Inquiry into the circumstances attending an outbreak of cholera in H. M.'s 18th Hussars at Secunderabad in the month of May
Year: 1871
Disease focus: Cholera
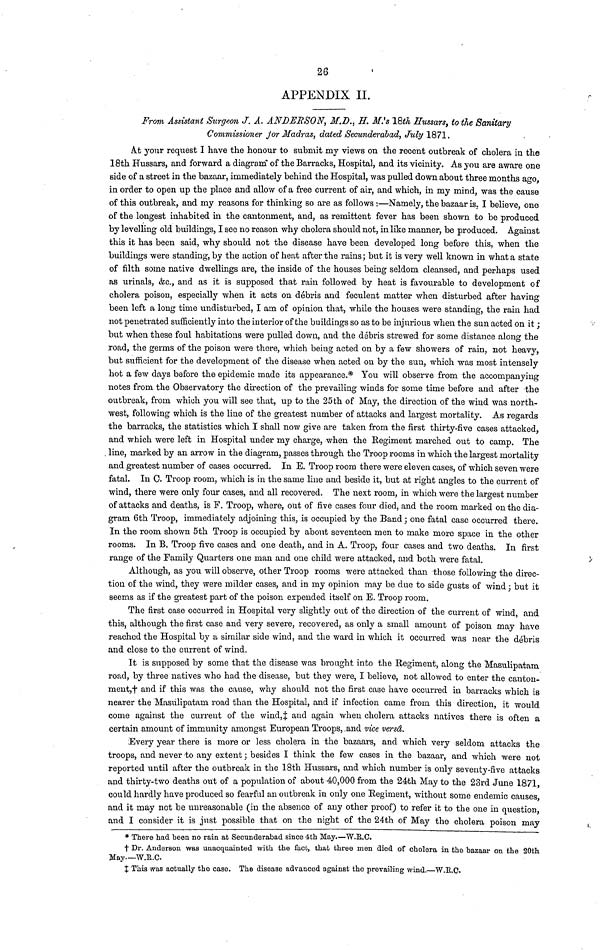
26
APPENDIX II.
From Assistant Surgeon J. A. ANDERSON, M.D., H. M.'s 18th Hussars, to the Sanitary
Commissioner for Madras, dated Seeunderabad, July 1871.
At your request I have the honour to submit my views on the recent outbreak of cholera in the
18th Hussars, and forward a diagram' of the Barracks, Hospital, and its vicinity. As you are aware one
side of a street in the bazaar, immediately behind the Hospital, was pulled down about three months ago,
in order to open up the place and allow of a free current of air, and which, in my mind, was the cause
of this outbreak, and my reasons for thinking so are as follows:—Namely, the bazaar is. I believe, one
of the longest inhabited in the cantonment, and, as remittent fever has been shown to be produced
by levelling old buildings, I see no reason why cholera should not, in like manner, be produced. Against
this it has been said, why should not the disease have been developed long before this, when the
buildings were standing, by the action of heat after the rains; but it is very well known in what a state
of filth some native dwellings are, the inside of the houses being seldom cleansed, and perhaps used
as urinals, &c., and as it is supposed that rain followed by heat is favourable to development of
cholera poison, especially when it acts on debris and feculent matter when disturbed after having
been left a long time undisturbed, I am of opinion that, while the houses were standing, the rain had
not penetrated sufficiently into the interior of the buildings so as to be injurious when the sun acted on it;
but when these foul habitations were pulled down, and the debris strewed for some distance along the
road, the germs of the poison were there, which being acted on by a few showers of rain, not heavy,
but sufficient for the development of the disease when acted on by the sun, which was most intensely
hot a few days before the epidemic made its appearance.* You will observe from the accompanying
notes from the Observatory the direction of the prevailing winds for some time before and after the
outbreak, from which you will see that, up to the 25th of May, the direction of the wind was north-
west, following which is the line of the greatest number of attacks and largest mortality. As regards
the barracks, the statistics which I shall now give are taken from the first thirty-five cases attacked,
and which were left in Hospital under my charge, when the Regiment marched out to camp. The
line, marked by an arrow in the diagram, passes through the Troop rooms in which the largest mortality
and greatest number of cases occurred. In E. Troop room there were eleven cases, of which seven were
fatal. In C. Troop room, which is in the same line and beside it, but at right angles to the current of
wind, there were only four cases, and all recovered. The next room, in which were the largest number
of attacks and deaths, is F. Troop, where, out of five cases four died, and the room marked on the dia-
gram 6th Troop, immediately adjoining this, is occupied by the Band; one fatal case occurred there.
In the room shown 5th Troop is occupied by about seventeen men to make more space in the other
rooms. In B. Troop five cases and one death, and in A. Troop, four cases and two deaths. In first
range of the Family Quarters one man and one child were attacked, and both were fatal.
Although, as you will observe, other Troop rooms were attacked than those following the direc-
tion of the wind, they were milder cases, and in my opinion may be due to side gusts of wind; but it
seems as if the greatest part of the poison expended itself on E. Troop room.
The first case occurred in Hospital very slightly out of the direction of the current of wind, and
this, although the first case and very severe, recovered, as only a small amount of poison may have
reached the Hospital by a similar side wind, and the ward in which it occurred was near the debris
and close to the current of wind.
It is supposed by some that the disease was brought into the Regiment, along the Masulipatam
road, by three natives who had the disease, but they were, I believe, not allowed to enter the canton-
ment,† and if this was the cause, why should not the first case have occurred in barracks which is
nearer the Masulipatam road than the Hospital, and if infection came from this direction, it would
come against the current of the wind,‡ and again when cholera attacks natives there is often a
certain amount of immunity amongst European Troops, .and vice versd.
Every year there is more or less cholera in the bazaars, and which very seldom attacks the
troops, and never to any extent; besides I think the few cases in the bazaar, and which were not
reported until after the outbreak in the 18th Hussars, and which number is only seventy-five attacks
and thirty-two deaths out of a population of about 40,000 from the 24th May to the 23rd June 1871,
could hardly have produced so fearful an outbreak in only one Regiment, without some endemic causes,
and it may not be unreasonable (in the absence of any other proof) to refer it to the one in question,
and I consider it is just possible that on the night of the 24th of May the cholera poison may
* There had been no rain at Secunderabad since 4th May.—W.R.C.
† Dr. Anderson was unacquainted with the fact, that three men died of cholera in the bazaar on the 20th
May.—W.R.C.
‡ This was actually the case. The disease advanced against the prevailing wind.—W.R.O.